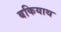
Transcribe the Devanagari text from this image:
बकियाथ